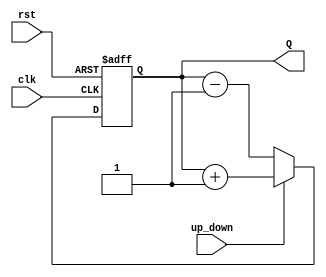
module up_down_counter #(
    parameter N = 4  // Width of the counter (number of bits)
)(
    input wire clk,          // Clock input
    input wire rst,          // Asynchronous reset input
    input wire up_down,      // Control signal for counting direction
    output reg [N-1:0] Q     // Counter output
);

// Asynchronous reset and counting logic
always @(posedge clk or posedge rst) begin
    if (rst) begin
        Q <= 0;  // Reset counter to 0
    end else begin
        if (up_down) begin
            Q <= Q + 1;  // Increment counter
        end else begin
            Q <= Q - 1;  // Decrement counter
        end
    end
end

endmodule